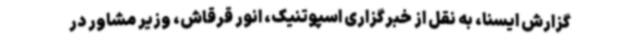
گزارش ایسنا، به نقل از خبرگزاری اسپوتنیک، انور قرقاش، وزیر مشاور در